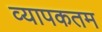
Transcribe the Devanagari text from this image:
व्यापकतम